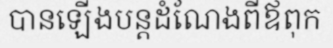
បានឡើងបន្តដំណែងពីឪពុក